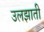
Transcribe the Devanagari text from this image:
उलझाती